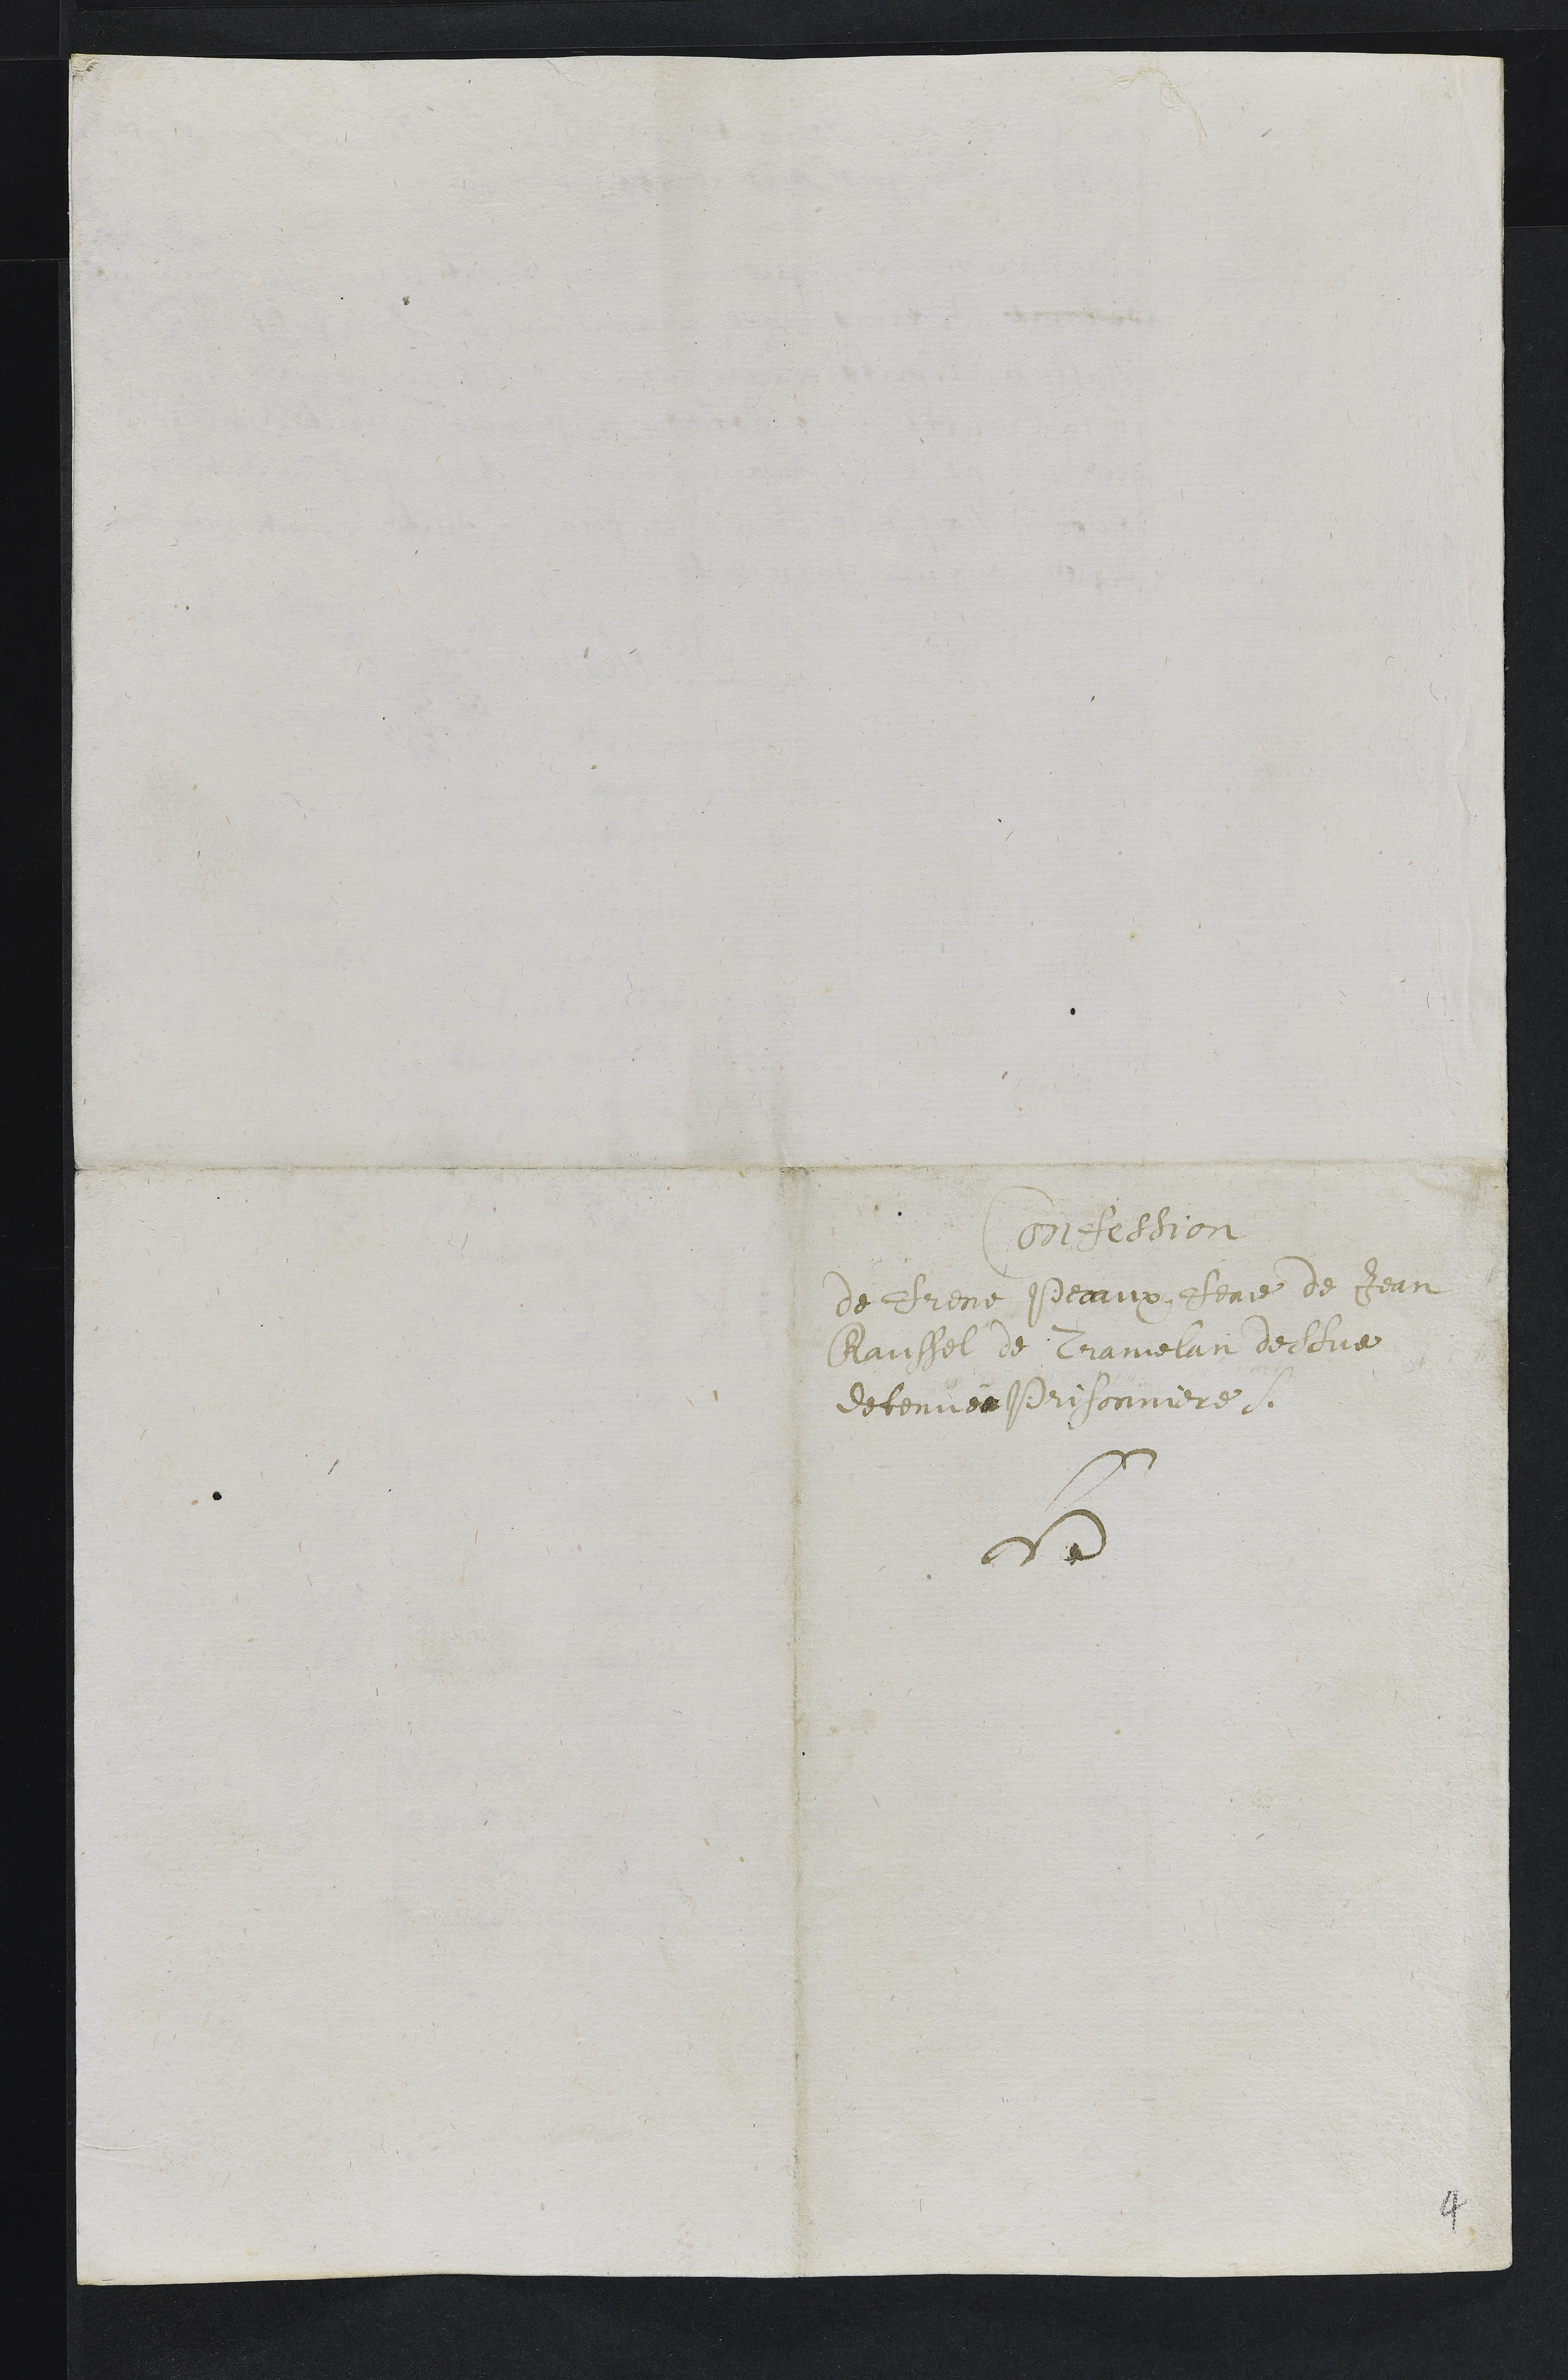
Confession
de Frene Peauux, feme de Jean
Raussel de Cranielan de sue
detenuee Prisonniere.
N
4